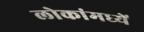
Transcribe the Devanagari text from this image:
लोकांमध्यें